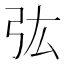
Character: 㢬